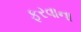
ફરવાના